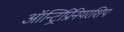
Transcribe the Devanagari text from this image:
ऑन्ट्रिप्रिनियरशिप